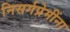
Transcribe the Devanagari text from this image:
निसर्गप्रेमींना